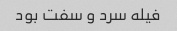
فیله سرد و سفت بود